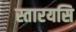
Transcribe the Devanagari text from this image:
स्तारयसि